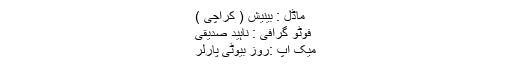
ماڈل : بینیش ( کراچی )
فوٹو گرافی : ناہید صدیقی
میک اپ :روز بیوٹی پارلر